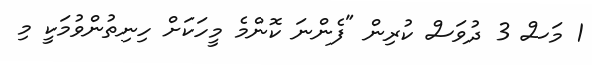
1 މަސް 3 ދުވަސް ކުރިން "ފެންނަ ކޮންމެ މީހަކަށް ހިނިތުންވުމަކީ މި